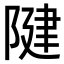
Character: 𨺩